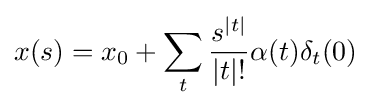
\displaystyle x(s)=x_{0}+\sum _{t}{s^{|t|} \over |t|!}\alpha (t)\delta _{t}(0)